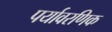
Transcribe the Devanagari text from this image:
पर्यावरणिक